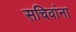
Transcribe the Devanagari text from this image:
सचिवांना